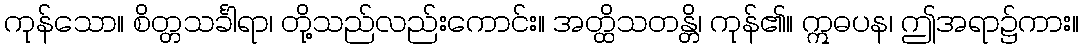
ကုန်သော။ စိတ္တသင်္ခါရာ၊ တို့သည်လည်းကောင်း။ အတ္ထိသတန္တိ၊ ကုန်၏။ ဣဓပန၊ ဤအရာ၌ကား။